Scottish Certificate of Education, 1962
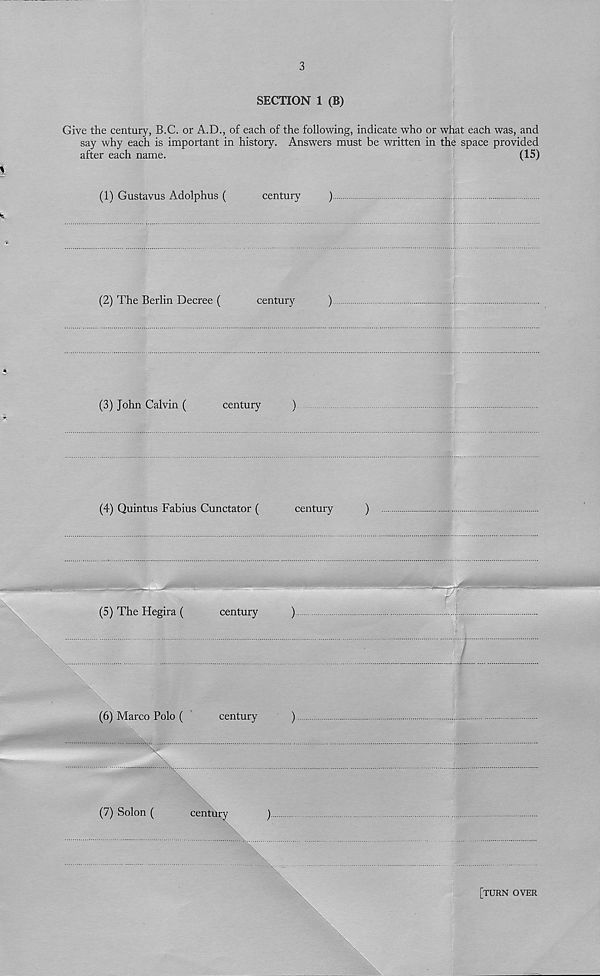
3
SECTION 1 (B)
Give the century, B.C. or A.D., of each of the following, indicate who or what each was, and
say why each is important in history. Answers must be written in the space provided
after each name.
(IS)
(1) Gustavus Adolphus (
century
)
(2) The Berlin Decree (
century
)
(3) John Calvin (
century
)
(4) Quintus Fabius Cunctator (
century
)
(5) The Hegira (
century
)
(6) Marco Polo (
century
)
-"V
(7) Solon (
cen tu ry
[turn over